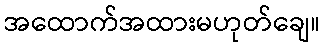
အထောက်အထားမဟုတ်ချေ။